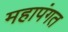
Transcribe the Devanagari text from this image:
महापंगत